Lunatic asylums Central Provinces reports 1895-1909 - 1895-1909
Year: 1895
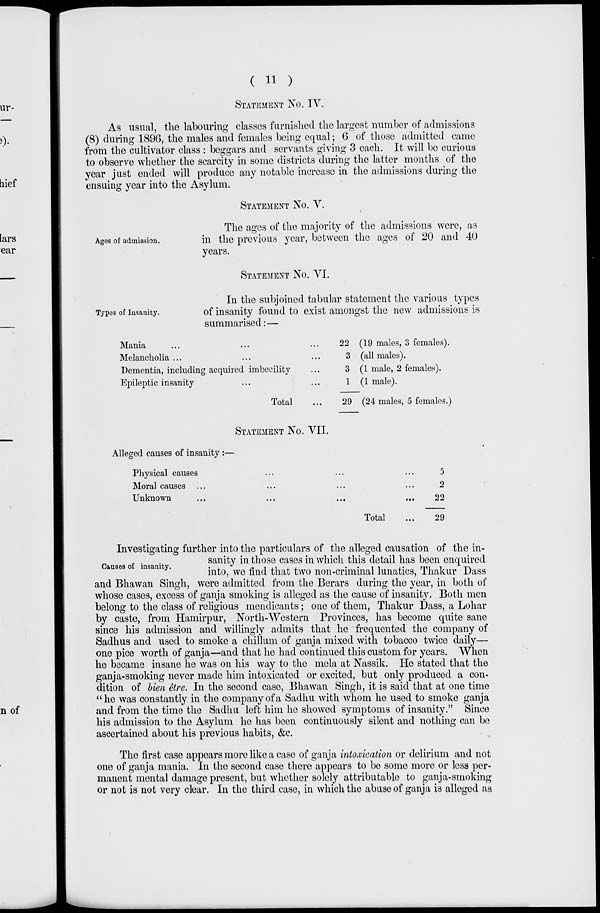
( 11 )
STATEMENT No. IV.
As usual, the labouring classes furnished the largest number of admissions
(8) during 1896, the males and females being equal; 6 of those admitted came
from the cultivator class : beggars and servants giving 3 each. It will be curious
to observe whether the scarcity in some districts during the latter months of the
year just ended will produce any notable increase in the admissions during the
ensuing year into the Asylum.
STATEMENT No. V.
Ages of admission.
The ages of the majority of the admissions were, as
in the previous year, between the ages of 20 and 40
years.
STATEMENT No. VI.
Types of Insanity.
In the subjoined tabular statement the various types
of insanity found to exist amongst the new admissions is
summarised:—
Mania ... ... ...
Melancholia ...
Dementia, including acquired imbecility...
Epileptic insanity... ...
Total...
22 (19 males, 3 females).
3 (all males).
3 (1 male, 2 females).
1 (1 male).
29 (24 males, 5 females.)
STATEMENT No. VII.
Alleged causes of insanity :—
Physical causes... ... ...
Moral causes... ... ...
Unknown... ... ...
Total...
5
2
22
29
Causes of insanity.
Investigating further into the particulars of the alleged causation of the in-
sanity in those cases in which this detail has been enquired
into, we find that two non-criminal lunatics, Thakur Dass
and Bhawan Singh, were admitted from the Berars during the year, in both of
whose cases, excess of ganja smoking is alleged as the cause of insanity. Both men
belong to the class of religious mendicants; one of them, Thakur Dass, a Lohar
by caste, from Hamirpur, North-Western Provinces, has become quite sane
since his admission and willingly admits that he frequented the company of
Sadhus and used to smoke a chillum of ganja mixed with tobacco twice daily—
one pice worth of ganja—and that he had continued this custom for years. When
he became insane he was on his way to the mela at Nassik. He stated that the
ganja-smoking never made him intoxicated or excited, but only produced a con-
dition of bien être. In the second case, Bhawan Singh, it is said that at one time
"he was constantly in the company of a Sadhu with whom he used to smoke ganja
and from the time the Sadhu left him he showed symptoms of insanity." Since
his admission to the Asylum he has been continuously silent and nothing can be
ascertained about his previous habits, &c.
The first case appears more like a case of ganja intoxication or delirium and not
one of ganja mania. In the second case there appears to be some more or less per-
manent mental damage present, but whether solely attributable to ganja-smoking
or not is not very clear. In the third case, in which the abuse of ganja is alleged as